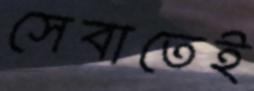
সেবাতেই